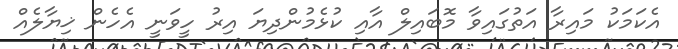
އެކަމަކު މައިރާ އަތުގައިވާ މޮބައިލް އާއި ކުޅެމުންދިޔަ އިރު ހީވަނީ އެހެން ޚިޔާލެއް